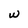
Character: w